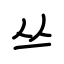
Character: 丛